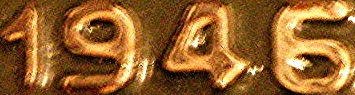
1946